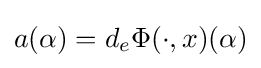
a(\alpha )=d_{e}\Phi (\cdot ,x)(\alpha )